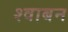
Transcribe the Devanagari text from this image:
श्वाबन